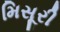
મિસૂરી